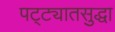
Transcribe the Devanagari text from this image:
पट्ट्यातसुद्धा